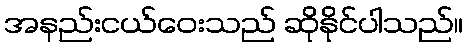
အနည်းငယ်ဝေးသည် ဆိုနိုင်ပါသည်။